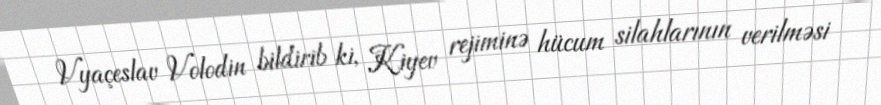
Vyaçeslav Volodin bildirib ki, Kiyev rejiminə hücum silahlarının verilməsi